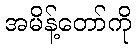
အမိန့်တော်ကို